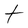
Character: t